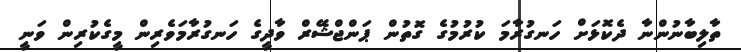
ތާލިބާނުންނާ ދެކޮޅަށް ހަނގުރާމަ ކުރުމުގެ ގޮތުން ޕަންޖްޝޭރް ވާދީގެ ހަނގުރާމަވެރިން މީގެކުރިން ވަނީ